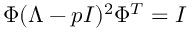
\Phi ( \Lambda - p I ) ^ { 2 } \Phi ^ { T } = I